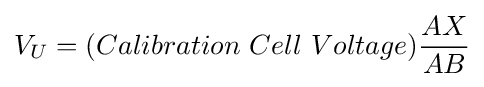
V_{U}=(Calibration\ Cell\ Voltage){AX \over AB}